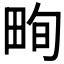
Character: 𤱬